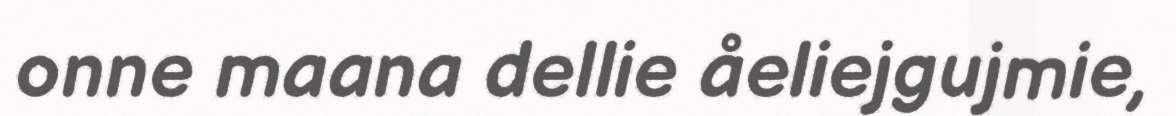
onne maana dellie åeliejgujmie,